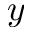
y